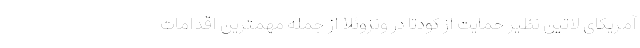
آمریکای لاتین نظیر حمایت از کودتا در ونزوئلا از جمله مهمترین اقدامات